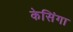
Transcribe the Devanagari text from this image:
केसिंगा